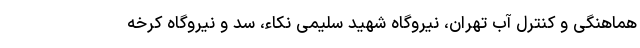
هماهنگی و کنترل آب تهران، نیروگاه شهید سلیمی نکاء، سد و نیروگاه کرخه